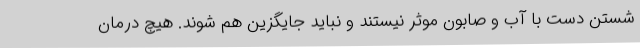
شستن دست با آب و صابون موثر نیستند و نباید جایگزین هم شوند. هیچ درمان